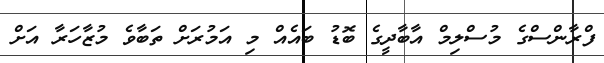
ފްރާންސްގެ މުސްލިމް އާބާދީގެ ބޮޑު ބައެއް މި އަމުރަށް ތަބާވެ މުޒާހަރާ އަށް